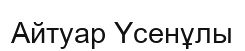
Айтуар Үсенұлы